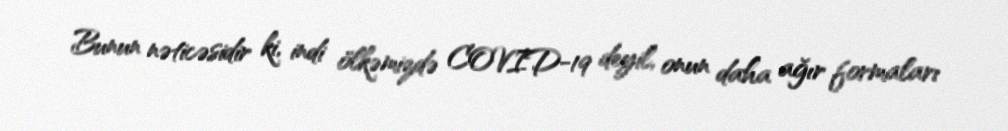
Bunun nəticəsidir ki, indi ölkəmizdə COVID-19 deyil, onun daha ağır formaları